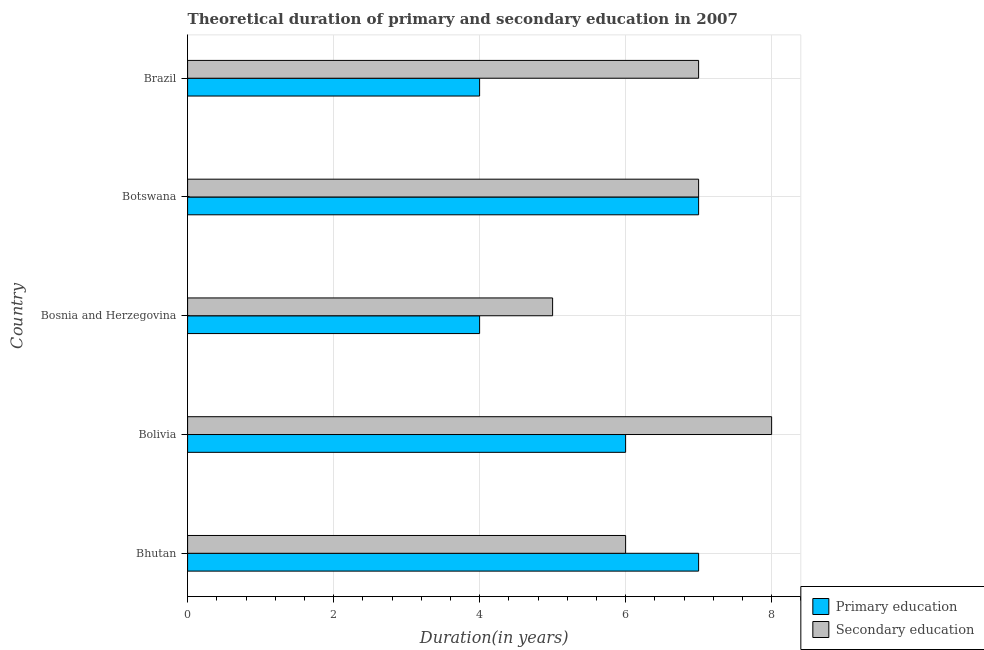
| Country | Primary education | Secondary education |
 | --- | --- | --- |
 | Bhutan | 7 | 6 |
 | Bolivia | 6 | 8 |
 | Bosnia and Herzegovina | 4 | 5 |
 | Botswana | 7 | 7 |
 | Brazil | 4 | 7 |